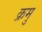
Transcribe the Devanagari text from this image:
क्रमु